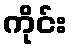
ကိုင်း